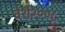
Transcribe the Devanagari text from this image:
वेर्श२००८